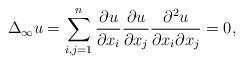
LaTeX: \begin{align*} \Delta_\infty u = \sum_{i,j=1}^n\frac{\partial u}{\partial x_i}\frac{\partial u}{\partial x_j}\frac{\partial^2 u}{\partial x_i\partial x_j}=0,\end{align*}